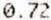
0.72